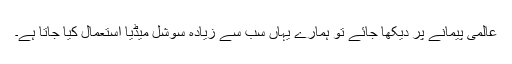
عالمى پیمانے پر دیکها جائے تو ہمارے یہاں سب سے زیاده سوشل میڈیا استعمال کیا جاتا ہے۔